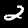
Digit: 2